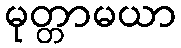
မုတ္တာမယာ